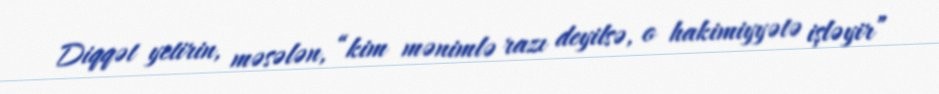
Diqqət yetirin, məsələn, “kim mənimlə razı deyilsə, o hakimiyyətə işləyir”